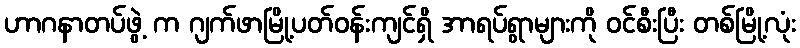
ဟာဂနာတပ်ဖွဲ့ က ဂျက်ဖာမြို့ပတ်ဝန်းကျင်ရှိ အာရပ်ရွာများကို ဝင်စီးပြီး တစ်မြို့လုံး